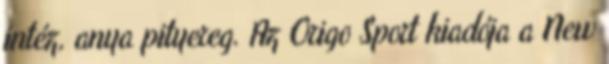
intéz, anya pityereg. Az Origo Sport kiadója a New